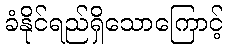
ခံနိုင်ရည်ရှိသောကြောင့်